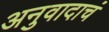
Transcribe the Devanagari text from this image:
अनुवादाचं